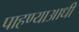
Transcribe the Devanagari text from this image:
पाहण्याआधी